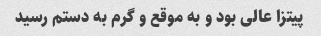
پیتزا عالی بود و به موقع و گرم به دستم رسید